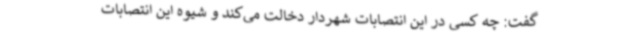
گفت: چه کسی در این انتصابات شهردار دخالت می‌کند و شیوه این انتصابات